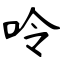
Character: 呤